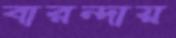
বারন্দায়